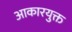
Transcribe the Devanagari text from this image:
आकारयुक्त